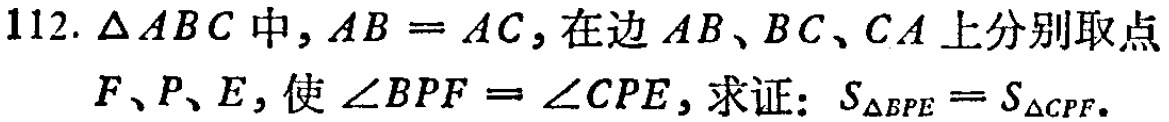
112. $\triangle ABC$中，$AB = AC$，在边$AB、BC、CA$上分别取点$F、P、E$，使$\angle BPF = \angle CPE$，求证：$S_{\triangle BPE}=S_{\triangle CPF}$。